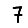
Digit: 7